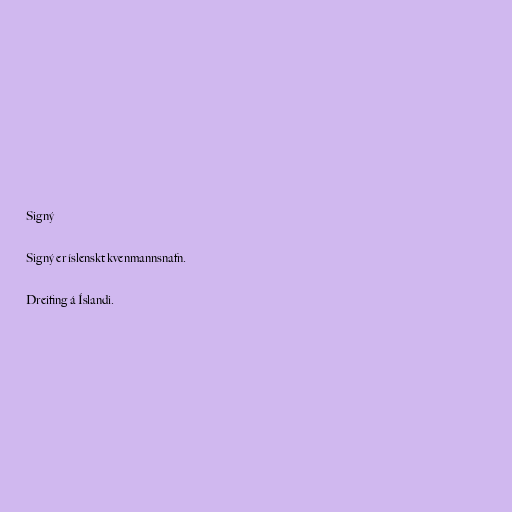
Signý

Signý er íslenskt kvenmannsnafn.

Dreifing á Íslandi.